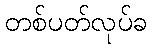
တစ်ပတ်လုပ်ခ